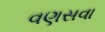
વણસવા